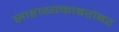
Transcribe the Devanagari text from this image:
साहाय्यकाबरोबर